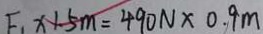
F _ { 1 } \times 1 . 5 m = 4 9 0 N \times 0 . 9 m